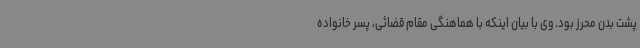
پشت بدن محرز بود. وی با بیان اینکه با هماهنگی مقام قضائی، پسر خانواده